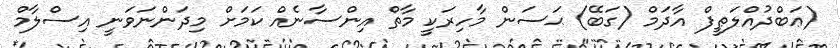
(ޢަބްދުއްލަޠީފް އާދަމް (ގަބޭ) ޙަސަން މާހިރަކީ މާތް އިންސާނެއް ކަމަށް މިދަންނަވަނީ އިސްލާމް